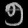
Digit: ၅